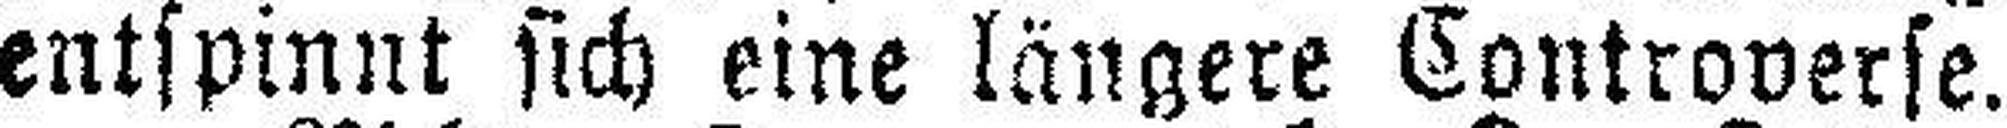
entspinnt sich eine längere Controverse.